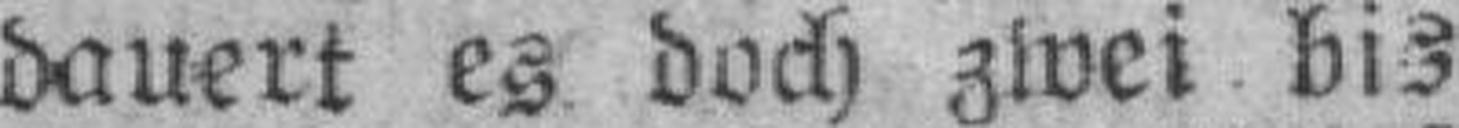
dauert es doch zwei bis